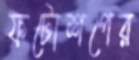
ফটোশপের